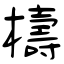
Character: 檮